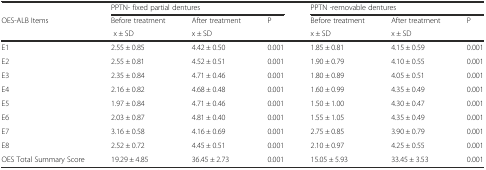
|  | <COLSPAN=3> PPTN- fixed partial dentures | <COLSPAN=3> PPTN -removable dentures |
 | <ROWSPAN=2> OES-ALB Items | Before treatment | After treatment | <ROWSPAN=2> P | Before treatment | After treatment | <ROWSPAN=2> P |
 | x ± SD | x ± SD | x ± SD | x ± SD |
 | --- | --- | --- | --- | --- | --- | --- |
 | E1 | 2.55 ± 0.85 | 4.42 ± 0.50 | 0.001 | 1.85 ± 0.81 | 4.15 ± 0.59 | 0.001 |
 | E2 | 2.55 ± 0.81 | 4.52 ± 0.51 | 0.001 | 1.90 ± 0.79 | 4.10 ± 0.55 | 0.001 |
 | E3 | 2.35 ± 0.84 | 4.71 ± 0.46 | 0.001 | 1.80 ± 0.89 | 4.05 ± 0.51 | 0.001 |
 | E4 | 2.16 ± 0.82 | 4.68 ± 0.48 | 0.001 | 1.60 ± 0.99 | 4.35 ± 0.49 | 0.001 |
 | E5 | 1.97 ± 0.84 | 4.71 ± 0.46 | 0.001 | 1.50 ± 1.00 | 4.30 ± 0.47 | 0.001 |
 | E6 | 2.03 ± 0.87 | 4.81 ± 0.40 | 0.001 | 1.55 ± 1.05 | 4.35 ± 0.49 | 0.001 |
 | E7 | 3.16 ± 0.58 | 4.16 ± 0.69 | 0.001 | 2.75 ± 0.85 | 3.90 ± 0.79 | 0.001 |
 | E8 | 2.52 ± 0.72 | 4.45 ± 0.51 | 0.001 | 2.10 ± 0.97 | 4.25 ± 0.55 | 0.001 |
 | OES Total Summary Score | 19.29 ± 4.85 | 36.45 ± 2.73 | 0.001 | 15.05 ± 5.93 | 33.45 ± 3.53 | 0.001 |